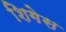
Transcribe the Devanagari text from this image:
शिगेस